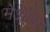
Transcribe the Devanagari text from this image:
मेओथ